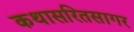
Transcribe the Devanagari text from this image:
कथासरितसागर